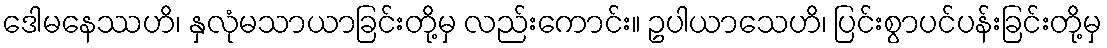
ဒေါမနေဿဟိ၊ နှလုံမသာယာခြင်းတို့မှ လည်းကောင်း။ ဥပါယာသေဟိ၊ ပြင်းစွာပင်ပန်းခြင်းတို့မှ